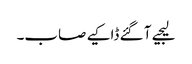
لیجیے آ گئے ڈاکیے صاب۔